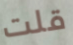
قلت